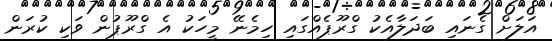
އަލަށް ގެނައި ބަދަލާއެކު ގްރޫޕެއްގައި ހިމެނޭ މީހަކު އެ ގްރޫޕުން ވަކި ކުރަން